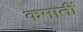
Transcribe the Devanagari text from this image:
कमातीं